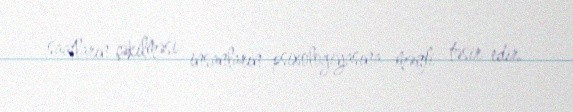
saatların çəkilməsi insanların psixologiyasına mənfi təsir edir.